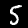
Label: 5